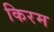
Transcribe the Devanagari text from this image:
किरम